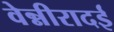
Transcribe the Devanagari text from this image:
वेन्नीरादई